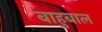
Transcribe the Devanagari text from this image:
बाहुबाल